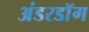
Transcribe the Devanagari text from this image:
अंडरडाॅग